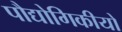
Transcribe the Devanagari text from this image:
पौद्योगिकीयों